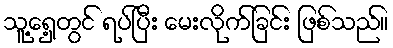
သူ့ရှေ့တွင် ရပ်ပြီး မေးလိုက်ခြင်း ဖြစ်သည်။